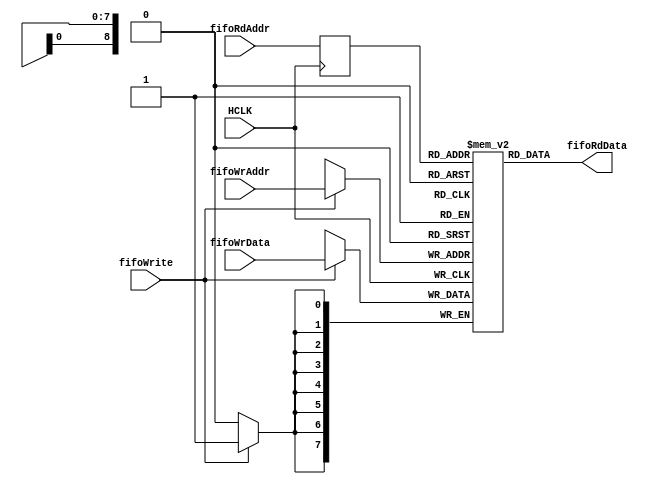
`timescale 1ns / 1ns


// *******************************************************************************/
// Cloudium Systems Ltd. Proprietary and Confidential
// 
// Copyright 2013 Cloudium Systems Ltd.  All rights reserved.
//
// ANY USE OR REDISTRIBUTION IN PART OR IN WHOLE MUST BE HANDLED IN
// ACCORDANCE WITH THE CLOUDIUM SYSTEMS LICENSE AGREEMENT AND MUST BE APPROVED 
// IN ADVANCE IN WRITING.
//                                                                             
//                                                                              
// This confidential and proprietary software may be used only as authorised  
// by a licensing agreement from Cloudium Systems Ltd.                        
//                                                                            
// In the event of publication, the following notice is applicable:           
//                                                                            
// (C) COPYRIGHT 2011, 2012, 2013  Cloudium Systems LTD.                      
// ALL RIGHTS RESERVED                                                        
//                                                                            
// Version		: 1.0                                                     	  
//                                                                            
// Abstract	: 	This file infers a dual-port ram with sync write port and
//				a sync read port.
//
//                                                               
//                                                                            
//                                                                            
//                                                                            
// Modification History:                                                      
// Date		By			Version		Change Description                        
//                                                                            
// 21/08/13		JH			1.0			Initial release version               
//
//
// SVN Revision Information:
// SVN $Revision: 4805 $
// SVN $Date: 2008-11-27 17:48:48 +0530 (Thu, 27 Nov 2008) $
//
// Resolved SARs
// SAR      Date     Who   Description
//
// Notes:
//
// ********************************************************************/
// synopsys translate_off
//`include "../include/Timescale.h"
// synopsys translate_on

module DualPort_RAM_SyncWr_SyncRd (
					// AHB global signals
					HCLK,

					// Write Port
					fifoWrAddr,	
					fifoWrite,
					fifoWrData,

					// Read Port
					fifoRdAddr,
					fifoRdData
				   
				);

   

//============================================
// Parameter Declarations
//============================================

	parameter FIFO_AWIDTH = 9;
	
	parameter FIFO_WIDTH = 8;
	
	parameter	HI_FREQ = 0;
	
	localparam FIFO_DEPTH = 1 << FIFO_AWIDTH;


//============================================================================
// I/O ports
//============================================================================

// Inputs - AHB
	input HCLK;								// ahb system clock

	
// Write Port signals
	input [FIFO_WIDTH-1:0]	fifoWrData;		// Data to be written to ram
	input [FIFO_AWIDTH-1:0] fifoWrAddr;		// Addr to be written to in RAM
	input fifoWrite;						// Indicates address defined by fifoWrAddr to be written

 // Read Port signals
	output [FIFO_WIDTH-1:0]	 fifoRdData;	// Data to be written to ram
	input  [FIFO_AWIDTH-1:0] fifoRdAddr;	// Addr to be read from RAM

   
//============================================
// I/O Declarations
//============================================

	wire [FIFO_WIDTH-1:0]		fifoRdData;		// Data to be read from register
	
	
//============================================
// Local Declarations
//============================================

	reg [FIFO_WIDTH-1:0] mem [0:FIFO_DEPTH-1];	// RAM array declaration
	reg [FIFO_AWIDTH-1:0] fifoRdAddrQ1;			// clocked address

	reg [FIFO_WIDTH-1:0]	fifoRdDataQ1;		// clocked ouput data
	
	
//====================================================================================
// Infer dual port ram - one sync write port - once async read port
//==================================================================================

assign fifoRdData = HI_FREQ ?  fifoRdDataQ1 : mem[fifoRdAddrQ1];

always@ (posedge HCLK )
begin

	fifoRdDataQ1 <= mem[fifoRdAddrQ1];

	fifoRdAddrQ1 <= fifoRdAddr;
	
	if (fifoWrite)
		mem[fifoWrAddr] <= fifoWrData;

end


endmodule // DualPort_RAM_SyncWr_SyncRd.v